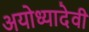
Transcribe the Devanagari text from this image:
अयोध्यादेवी